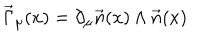
LaTeX: \vec { \Gamma } _ { \mu } ( x ) = \partial _ { \mu } \vec { n } ( x ) \wedge \vec { n } ( x )